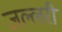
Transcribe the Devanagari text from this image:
जल्लरी